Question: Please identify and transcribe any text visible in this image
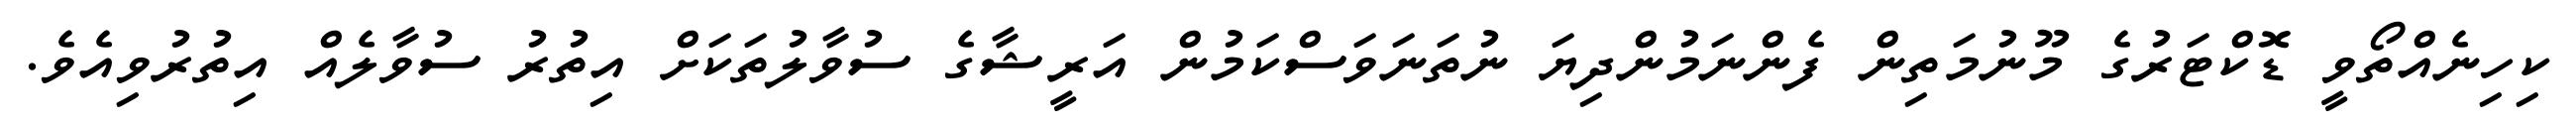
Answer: ކިހިނެއްތޯވީ ޑޮކްޓަރުގެ މޫނުމަތިން ފެންނަމުންދިޔަ ނުތަނަވަސްކަމުން އަރީޝާގެ ސުވާލުތަކަށް އިތުރު ސުވާލެއް އިތުރުވިއެވެ.